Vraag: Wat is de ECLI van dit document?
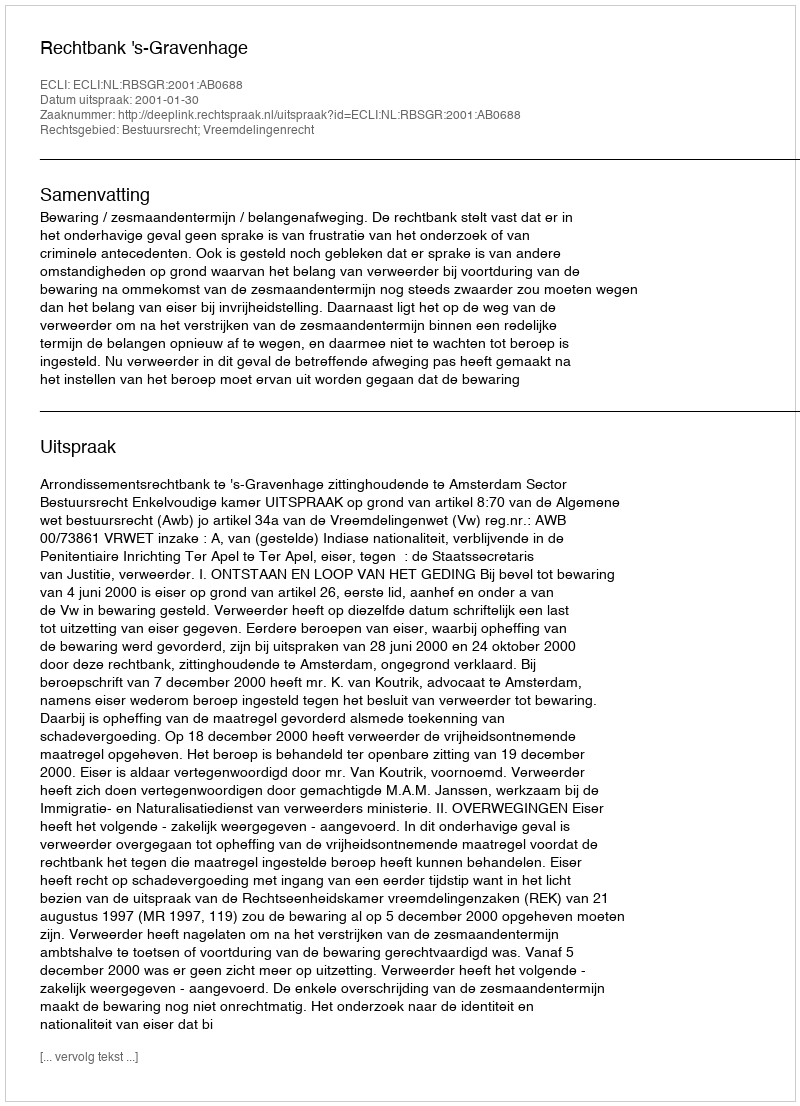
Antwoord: ECLI:NL:RBSGR:2001:AB0688